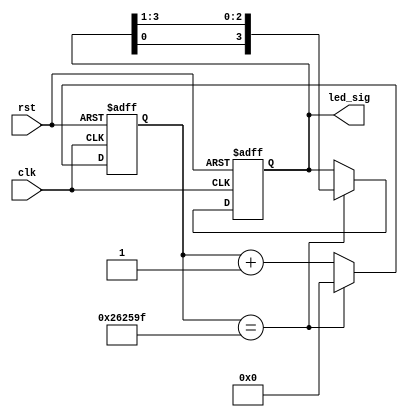
module led_wf
  #(
     parameter CLK_DIV = 25 * 1000 * 100 - 1,
     parameter LED_NUM = 4,
     parameter INIT_STA = 4'b1100
   )
   (
     input clk,
     input rst,
     output reg [ LED_NUM - 1: 0] led_sig = INIT_STA
   );

  reg [ 23: 0] cnt = 0;

  always @( posedge clk or negedge rst)
    begin
      if ( !rst)
        begin
          cnt <= 0;
          led_sig <= INIT_STA;
        end
      else
        begin
          if ( cnt == CLK_DIV)
            begin
              cnt <= 0;
              led_sig <= { led_sig[ 0 ], led_sig[ LED_NUM - 1: 1 ] };
            end
          else
            begin
              cnt <= cnt + 1;
            end
        end

    end

endmodule